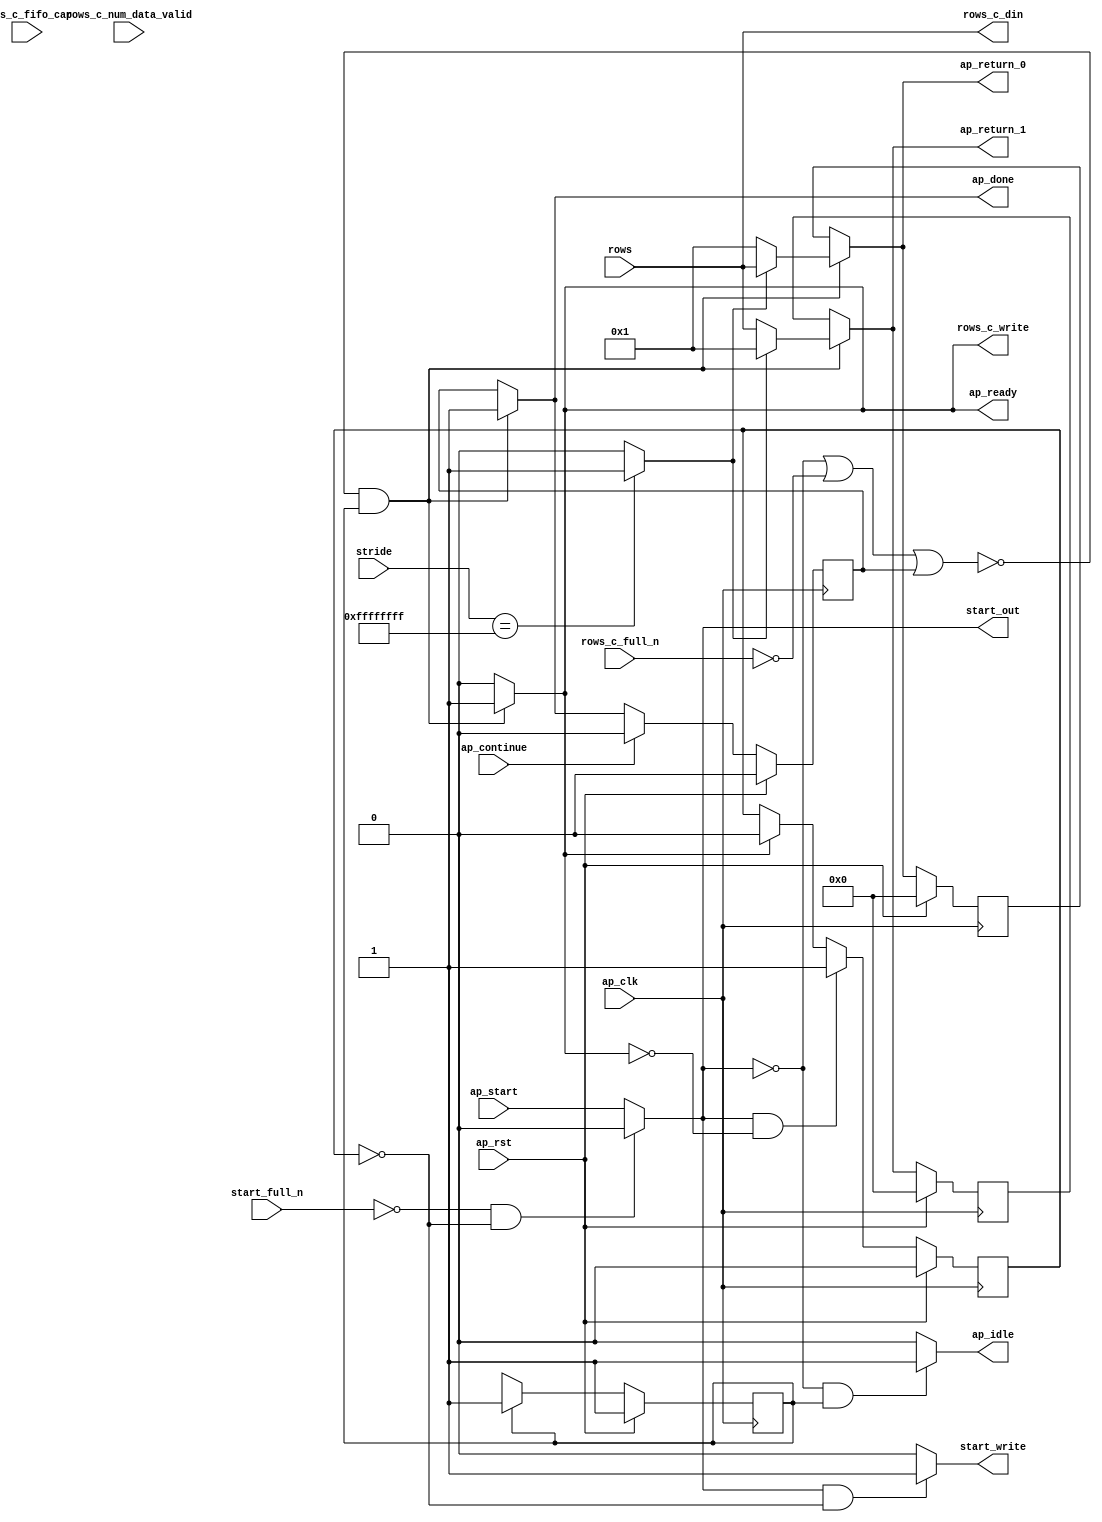
// Copyright (C) 2022, Advanced Micro Devices, Inc. All rights reserved.
// SPDX-License-Identifier: MIT
// ==============================================================
// Version: 2022.1
// 
// ===========================================================

`timescale 1 ns / 1 ps 

module pp_pipeline_accel_Axi2Mat_Block_entry1_proc (
        ap_clk,
        ap_rst,
        ap_start,
        start_full_n,
        ap_done,
        ap_continue,
        ap_idle,
        ap_ready,
        start_out,
        start_write,
        stride,
        rows,
        rows_c_din,
        rows_c_num_data_valid,
        rows_c_fifo_cap,
        rows_c_full_n,
        rows_c_write,
        ap_return_0,
        ap_return_1
);

parameter    ap_ST_fsm_state1 = 1'd1;

input   ap_clk;
input   ap_rst;
input   ap_start;
input   start_full_n;
output   ap_done;
input   ap_continue;
output   ap_idle;
output   ap_ready;
output   start_out;
output   start_write;
input  [31:0] stride;
input  [10:0] rows;
output  [10:0] rows_c_din;
input  [2:0] rows_c_num_data_valid;
input  [2:0] rows_c_fifo_cap;
input   rows_c_full_n;
output   rows_c_write;
output  [10:0] ap_return_0;
output  [10:0] ap_return_1;

reg ap_done;
reg ap_idle;
reg start_write;
reg rows_c_write;
reg[10:0] ap_return_0;
reg[10:0] ap_return_1;

reg    real_start;
reg    start_once_reg;
reg    ap_done_reg;
(* fsm_encoding = "none" *) reg   [0:0] ap_CS_fsm;
wire    ap_CS_fsm_state1;
reg    internal_ap_ready;
reg    rows_c_blk_n;
reg    ap_block_state1;
wire   [0:0] icmp_ln1155_fu_52_p2;
wire   [10:0] rows_burst_fu_58_p3;
wire   [10:0] rows_stride_fu_66_p3;
reg   [10:0] ap_return_0_preg;
reg   [10:0] ap_return_1_preg;
reg   [0:0] ap_NS_fsm;
reg    ap_ST_fsm_state1_blk;
wire    ap_ce_reg;

// power-on initialization
initial begin
#0 start_once_reg = 1'b0;
#0 ap_done_reg = 1'b0;
#0 ap_CS_fsm = 1'd1;
#0 ap_return_0_preg = 11'd0;
#0 ap_return_1_preg = 11'd0;
end

always @ (posedge ap_clk) begin
    if (ap_rst == 1'b1) begin
        ap_CS_fsm <= ap_ST_fsm_state1;
    end else begin
        ap_CS_fsm <= ap_NS_fsm;
    end
end

always @ (posedge ap_clk) begin
    if (ap_rst == 1'b1) begin
        ap_done_reg <= 1'b0;
    end else begin
        if ((ap_continue == 1'b1)) begin
            ap_done_reg <= 1'b0;
        end else if ((~((real_start == 1'b0) | (rows_c_full_n == 1'b0) | (ap_done_reg == 1'b1)) & (1'b1 == ap_CS_fsm_state1))) begin
            ap_done_reg <= 1'b1;
        end
    end
end

always @ (posedge ap_clk) begin
    if (ap_rst == 1'b1) begin
        ap_return_0_preg <= 11'd0;
    end else begin
        if ((~((real_start == 1'b0) | (rows_c_full_n == 1'b0) | (ap_done_reg == 1'b1)) & (1'b1 == ap_CS_fsm_state1))) begin
            ap_return_0_preg <= rows_burst_fu_58_p3;
        end
    end
end

always @ (posedge ap_clk) begin
    if (ap_rst == 1'b1) begin
        ap_return_1_preg <= 11'd0;
    end else begin
        if ((~((real_start == 1'b0) | (rows_c_full_n == 1'b0) | (ap_done_reg == 1'b1)) & (1'b1 == ap_CS_fsm_state1))) begin
            ap_return_1_preg <= rows_stride_fu_66_p3;
        end
    end
end

always @ (posedge ap_clk) begin
    if (ap_rst == 1'b1) begin
        start_once_reg <= 1'b0;
    end else begin
        if (((real_start == 1'b1) & (internal_ap_ready == 1'b0))) begin
            start_once_reg <= 1'b1;
        end else if ((internal_ap_ready == 1'b1)) begin
            start_once_reg <= 1'b0;
        end
    end
end

always @ (*) begin
    if (((real_start == 1'b0) | (rows_c_full_n == 1'b0) | (ap_done_reg == 1'b1))) begin
        ap_ST_fsm_state1_blk = 1'b1;
    end else begin
        ap_ST_fsm_state1_blk = 1'b0;
    end
end

always @ (*) begin
    if ((~((real_start == 1'b0) | (rows_c_full_n == 1'b0) | (ap_done_reg == 1'b1)) & (1'b1 == ap_CS_fsm_state1))) begin
        ap_done = 1'b1;
    end else begin
        ap_done = ap_done_reg;
    end
end

always @ (*) begin
    if (((real_start == 1'b0) & (1'b1 == ap_CS_fsm_state1))) begin
        ap_idle = 1'b1;
    end else begin
        ap_idle = 1'b0;
    end
end

always @ (*) begin
    if ((~((real_start == 1'b0) | (rows_c_full_n == 1'b0) | (ap_done_reg == 1'b1)) & (1'b1 == ap_CS_fsm_state1))) begin
        ap_return_0 = rows_burst_fu_58_p3;
    end else begin
        ap_return_0 = ap_return_0_preg;
    end
end

always @ (*) begin
    if ((~((real_start == 1'b0) | (rows_c_full_n == 1'b0) | (ap_done_reg == 1'b1)) & (1'b1 == ap_CS_fsm_state1))) begin
        ap_return_1 = rows_stride_fu_66_p3;
    end else begin
        ap_return_1 = ap_return_1_preg;
    end
end

always @ (*) begin
    if ((~((real_start == 1'b0) | (rows_c_full_n == 1'b0) | (ap_done_reg == 1'b1)) & (1'b1 == ap_CS_fsm_state1))) begin
        internal_ap_ready = 1'b1;
    end else begin
        internal_ap_ready = 1'b0;
    end
end

always @ (*) begin
    if (((start_full_n == 1'b0) & (start_once_reg == 1'b0))) begin
        real_start = 1'b0;
    end else begin
        real_start = ap_start;
    end
end

always @ (*) begin
    if ((~((real_start == 1'b0) | (ap_done_reg == 1'b1)) & (1'b1 == ap_CS_fsm_state1))) begin
        rows_c_blk_n = rows_c_full_n;
    end else begin
        rows_c_blk_n = 1'b1;
    end
end

always @ (*) begin
    if ((~((real_start == 1'b0) | (rows_c_full_n == 1'b0) | (ap_done_reg == 1'b1)) & (1'b1 == ap_CS_fsm_state1))) begin
        rows_c_write = 1'b1;
    end else begin
        rows_c_write = 1'b0;
    end
end

always @ (*) begin
    if (((real_start == 1'b1) & (start_once_reg == 1'b0))) begin
        start_write = 1'b1;
    end else begin
        start_write = 1'b0;
    end
end

always @ (*) begin
    case (ap_CS_fsm)
        ap_ST_fsm_state1 : begin
            ap_NS_fsm = ap_ST_fsm_state1;
        end
        default : begin
            ap_NS_fsm = 'bx;
        end
    endcase
end

assign ap_CS_fsm_state1 = ap_CS_fsm[32'd0];

always @ (*) begin
    ap_block_state1 = ((real_start == 1'b0) | (rows_c_full_n == 1'b0) | (ap_done_reg == 1'b1));
end

assign ap_ready = internal_ap_ready;

assign icmp_ln1155_fu_52_p2 = ((stride == 32'd4294967295) ? 1'b1 : 1'b0);

assign rows_burst_fu_58_p3 = ((icmp_ln1155_fu_52_p2[0:0] == 1'b1) ? rows : 11'd1);

assign rows_c_din = rows;

assign rows_stride_fu_66_p3 = ((icmp_ln1155_fu_52_p2[0:0] == 1'b1) ? 11'd1 : rows);

assign start_out = real_start;

endmodule //pp_pipeline_accel_Axi2Mat_Block_entry1_proc